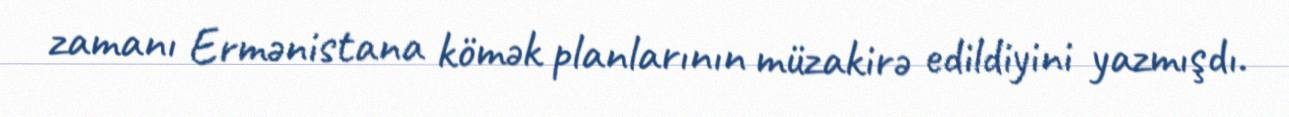
zamanı Ermənistana kömək planlarının müzakirə edildiyini yazmışdı.